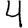
Digit: 4